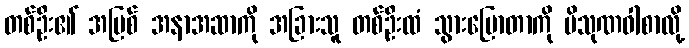
တစ်ဦး၏ အပြစ် အနာအဆာကို အခြားသူ တစ်ဦးထံ သွားပြောတာကို ပိသုဏဝါစာလို့